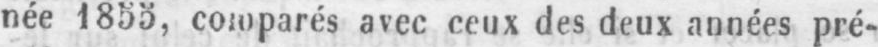
née 1855, comparés avec ceux des deux années pré-